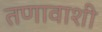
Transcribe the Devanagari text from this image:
तणावाशी